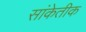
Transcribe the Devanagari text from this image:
सांकेतीक